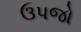
ઉપજો